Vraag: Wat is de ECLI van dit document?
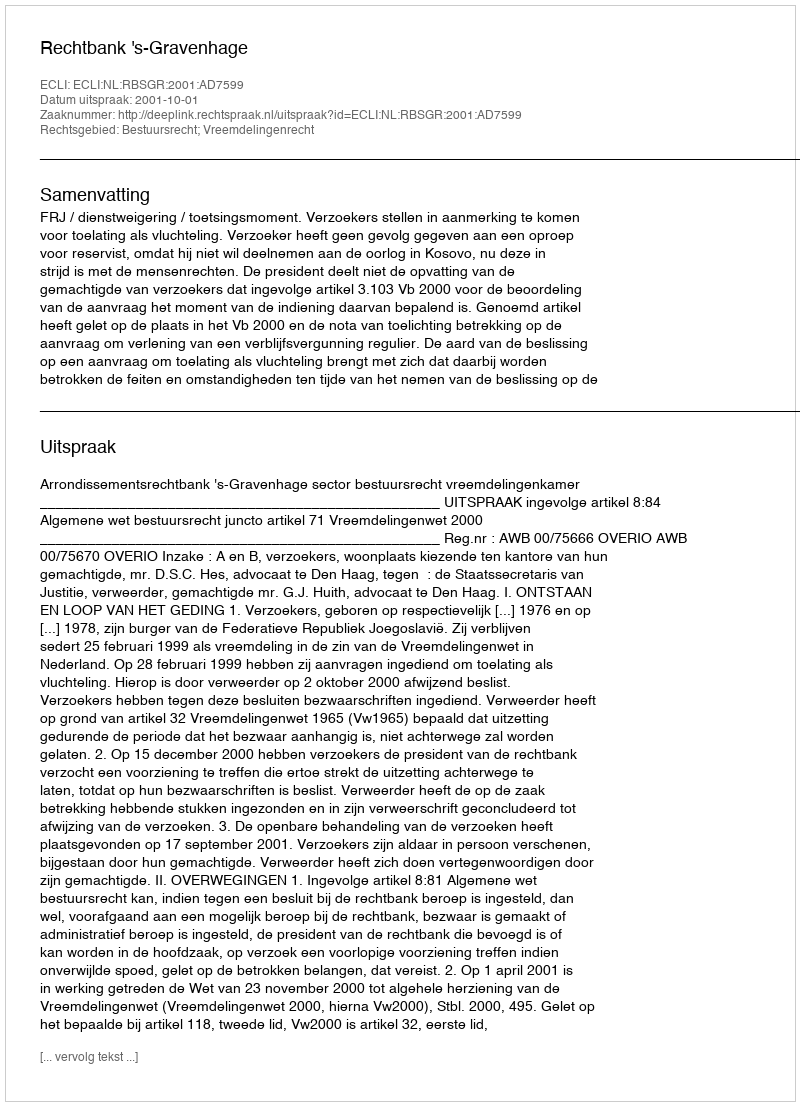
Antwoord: ECLI:NL:RBSGR:2001:AD7599